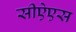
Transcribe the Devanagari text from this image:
सीऐएस